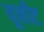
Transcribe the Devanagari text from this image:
यूनीट